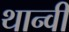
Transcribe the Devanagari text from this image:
थान्वी